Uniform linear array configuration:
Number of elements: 12
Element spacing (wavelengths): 0.75
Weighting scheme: cosine
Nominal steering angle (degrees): -60
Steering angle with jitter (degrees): -58.163
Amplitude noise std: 0.05
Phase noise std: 0.05

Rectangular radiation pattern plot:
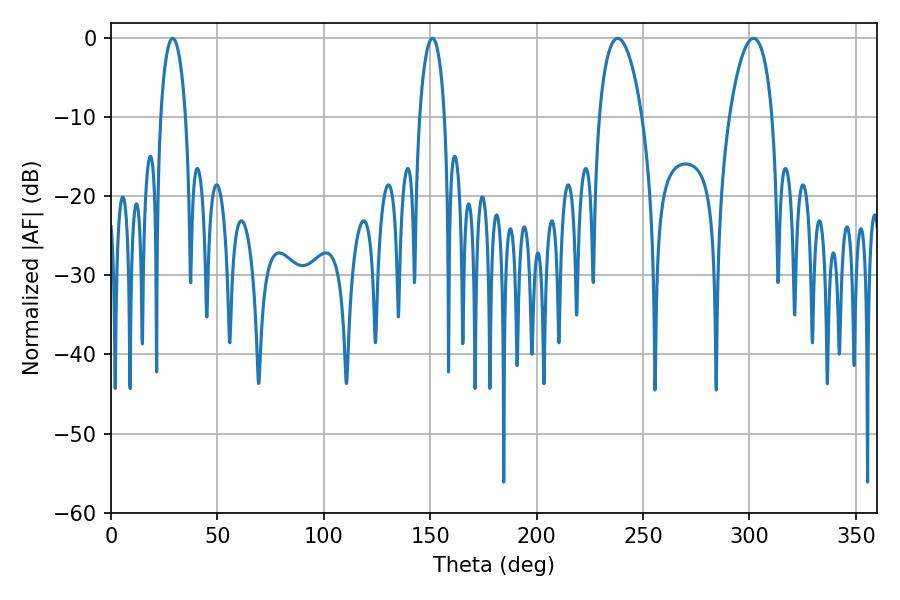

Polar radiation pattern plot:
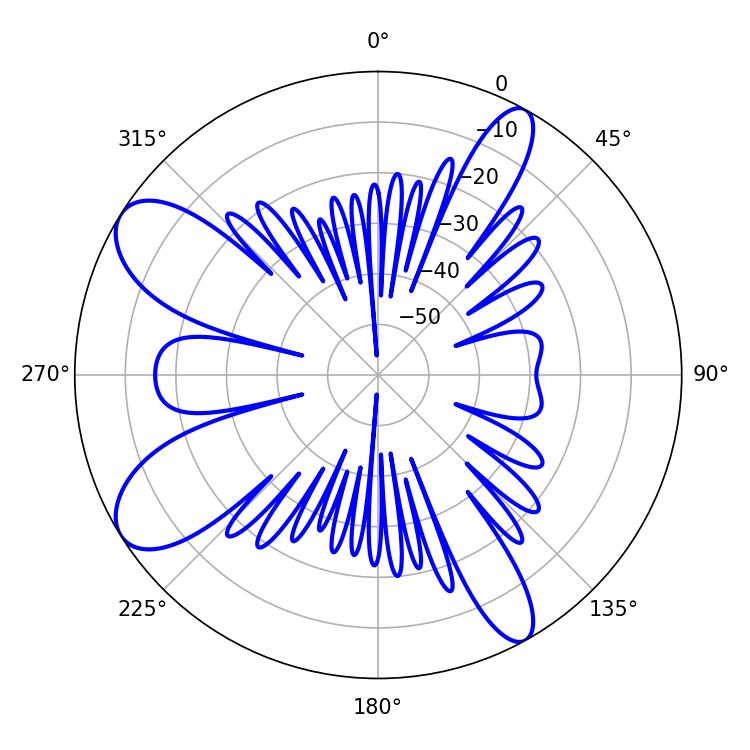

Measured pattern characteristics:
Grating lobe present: TRUE
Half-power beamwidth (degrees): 6.66
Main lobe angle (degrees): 28.98